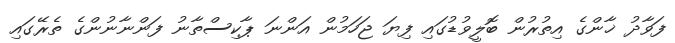
ފަވާދު ޚާންގެ އިތުރުން ބޮލީވުޑުގައި ފިޔަ ޖަހަމުން އަންނަ ޕާކިސްތާނު ފަންނާނުންގެ ތެރޭގައި